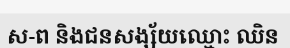
ស-ព និងជនសង្ស័យឈ្មោះ ឈិន